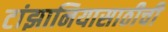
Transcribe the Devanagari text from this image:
टांझानियासाठीची